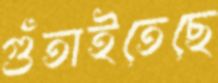
গুঁতাইতেছে